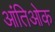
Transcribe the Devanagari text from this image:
आंतिओक